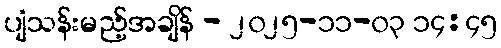
ပျံသန်းမည့်အချိန် - ၂၀၂၅-၁၁-၀၃ ၁၄:၄၅